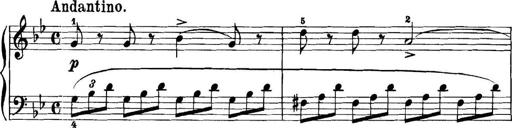
Title: 11 Sonatinas
Composer: Anton Diabelli